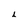
Character: 2